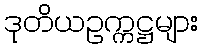
ဒုတိယဥက္ကဋ္ဌများ